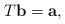
\begin{align*}T{\bf b}={\bf a},\end{align*}